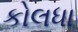
કોલધા